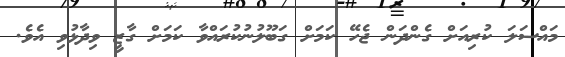
މައްސަލަ ކުރިއަށް ގެންދަން ޖެހޭ ކަމަށް ގަބޫލުނުކުރައްވާ ކަމަށް ގާޒީ ވިދާޅުވި އެވެ.